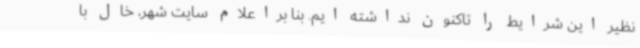
نظیر این شرایط را تاکنون نداشته ایم. بنا براعلام سایت شهر، خال با